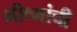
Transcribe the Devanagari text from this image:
भीष्मांची